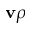
\mathbf { v } \rho